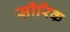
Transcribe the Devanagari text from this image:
सीरिक